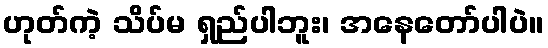
ဟုတ်ကဲ့ သိပ်မ ရှည်ပါဘူး၊ အနေတော်ပါပဲ။